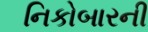
નિકોબારની